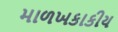
માળખકાકીય